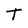
Character: T